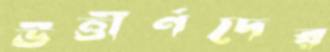
ঊত্তীর্ণদের